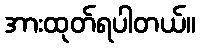
အားထုတ်ရပါတယ်။